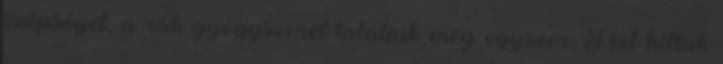
szépséget, a rák gyógyszerét találjuk meg egyszer. Azt hittük